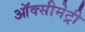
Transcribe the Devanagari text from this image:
ऑक्सीमेट्री